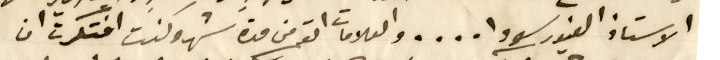
الاستاذ الغيور سودا....والعلامات اتو من مدة شهر وكنت افتكرت ان